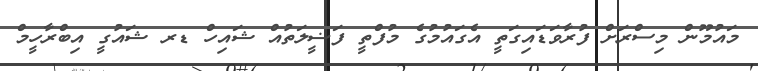
މައުމޫން މިސްރަށް ފުރާވަޑައިގަތީ އެގައުމުގެ މުފްތީ ފަޟީލަތުއް ޝައިހް ޑރ ޝައުގީ އިބްރާހީމް